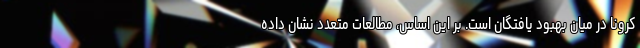
کرونا در میان بهبود یافتگان است. بر این اساس، مطالعات متعدد نشان داده